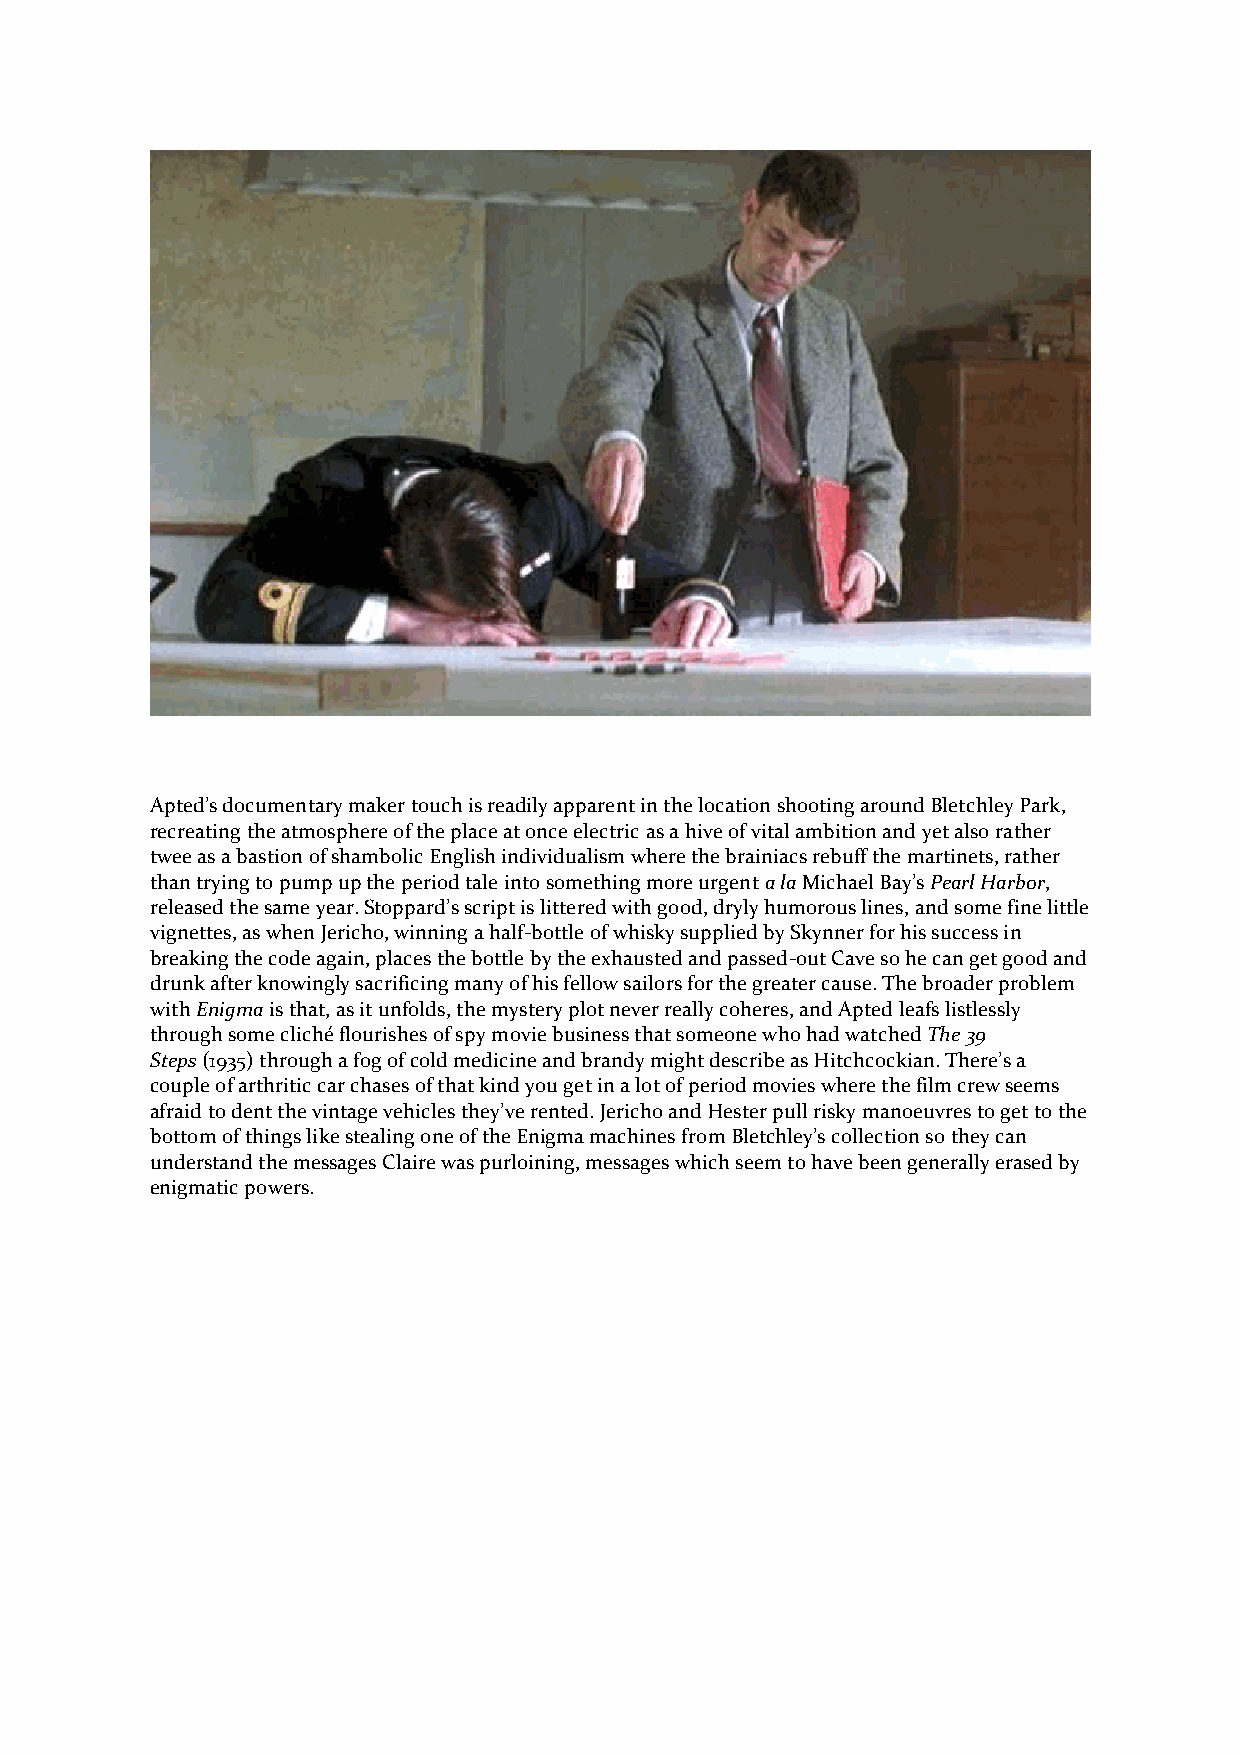
Apted’s documentary maker touch is readily apparent in the location shooting around Bletchley Park,
 recreating the atmosphere of the place at once electric as a hive of vital ambition and yet also rather
 twee as a bastion of shambolic English individualism where the brainiacs rebuff the martinets, rather
 than trying to pump up the period tale into something more urgent a la Michael Bay’s Pearl Harbor,
 released the same year. Stoppard’s script is littered with good, dryly humorous lines, and some fine little
 vignettes, as when Jericho, winning a half-bottle of whisky supplied by Skynner for his success in
 breaking the code again, places the bottle by the exhausted and passed-out Cave so he can get good and
 drunk after knowingly sacrificing many of his fellow sailors for the greater cause. The broader problem
 with Enigma is that, as it unfolds, the mystery plot never really coheres, and Apted leafs listlessly
 through some cliché flourishes of spy movie business that someone who had watched The 39
 Steps (1935) through a fog of cold medicine and brandy might describe as Hitchcockian. There’s a
 couple of arthritic car chases of that kind you get in a lot of period movies where the film crew seems
 afraid to dent the vintage vehicles they’ve rented. Jericho and Hester pull risky manoeuvres to get to the
 bottom of things like stealing one of the Enigma machines from Bletchley’s collection so they can
 understand the messages Claire was purloining, messages which seem to have been generally erased by
 enigmatic powers.